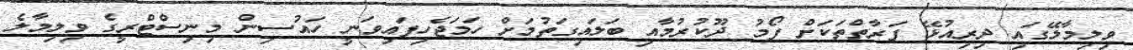
ވިލިމާލޭގައި ދިރިއުޅޭ ފަރާތްތަކަށް ފޯމު ދޫކުރުމާއި ބަލައިގަތުމަށް ހަމަޖެހިފައިވަނީ ހައުސިން މިނިސްޓްރީގެެ ވިލިމާލެ